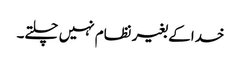
خدا کے بغیر نظام نہیں چلتے۔